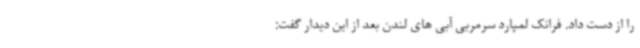
را از دست داد. فرانک لمپارد سرمربی آبی های لندن بعد از این دیدار گفت: